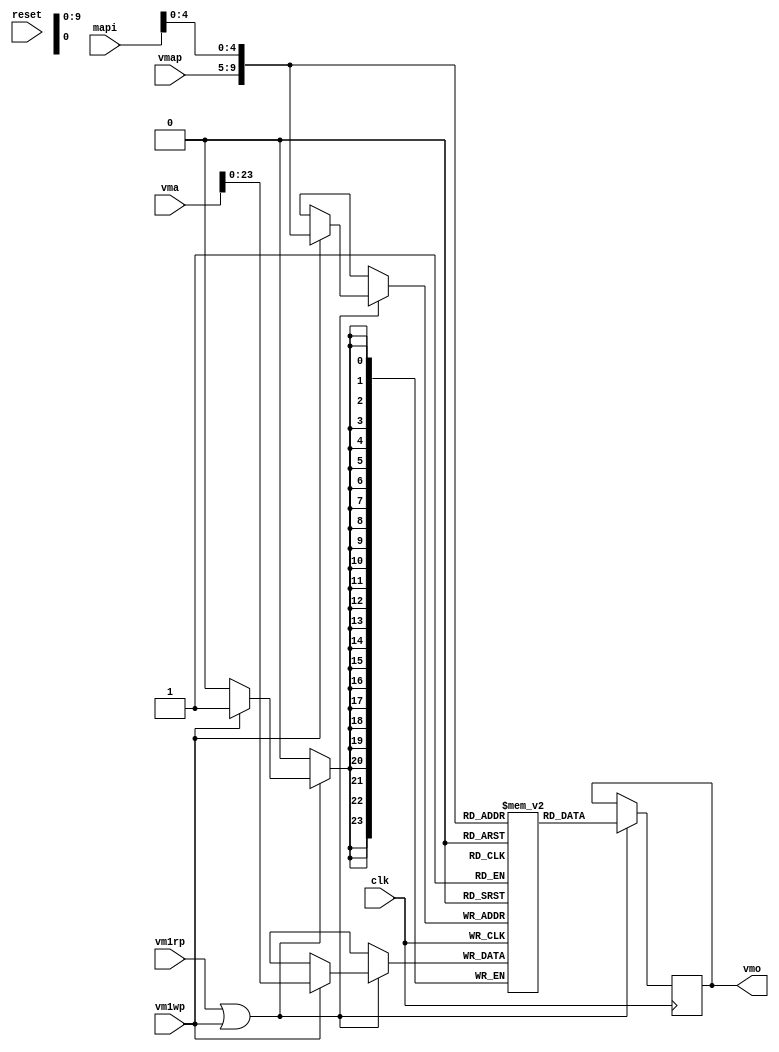
// VMEM1 --- VIRTUAL MEMORY MAP STAGE 1
//
// ---!!! Add description.
//
// History:
//
//   (20YY-MM-DD HH:mm:ss BRAD) Converted to Verilog; merge of VMEM0,
//   and VMEM1.
//	???: Nets added.
//	???: Nets removed.
//   (1978-08-16 06:50:02 TK) VMEM2: Initial.
//   (1978-02-03 00:13:26 TK) VMEM1: Initial.

`timescale 1ns/1ps
`default_nettype none

module VMEM1(/*AUTOARG*/
   // Outputs
   vmo,
   // Inputs
   clk, reset, mapi, vma, vmap, vm1rp, vm1wp
   );

   input clk;
   input reset;

   input [23:8] mapi;
   input [31:0] vma;
   input [4:0] vmap;
   input vm1rp;
   input vm1wp;
   output [23:0] vmo;

   ////////////////////////////////////////////////////////////////////////////////

   localparam ADDR_WIDTH = 10;
   localparam DATA_WIDTH = 24;
   localparam MEM_DEPTH = 1024;

   wire [9:0] vmem1_adr;

   ////////////////////////////////////////////////////////////////////////////////

   assign vmem1_adr = {vmap[4:0], mapi[12:8]};

`ifdef ISE
   wire ena_a = vm1rp && ~vm1wp | 1'b0;
   wire ena_b = 1'b0 | vm1wp;

   ise_VMEM1 inst
     (
      .clka(clk),
      .ena(ena_a),
      .wea(1'b0),
      .addra(vmem1_adr),
      .dina(24'b0),
      .douta(vmo),
      .clkb(clk),
      .enb(ena_b),
      .web(vm1wp),
      .addrb(vmem1_adr),
      .dinb(vma[23:0]),
      .doutb()
      /*AUTOINST*/);
`else
	reg [23:0] ram [0:1023];
   reg [23:0] out_a;
	
   assign vmo = out_a;
	wire vm1_en = vm1rp | vm1wp;
	initial out_a = 0;
	
	always @(posedge clk) begin
		if (vm1_en) begin
			if (vm1wp) begin
				ram[vmem1_adr] <= vma[23:0];
			end
			out_a <= ram[vmem1_adr];
		end
	end
	
`endif

endmodule

`default_nettype wire

// Local Variables:
// verilog-library-directories: (".." "../cores/xilinx")
// End: